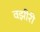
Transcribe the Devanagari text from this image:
वझीरी